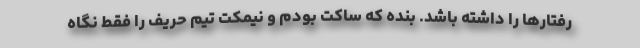
رفتارها را داشته باشد. بنده که ساکت بودم و نیمکت تیم حریف را فقط نگاه